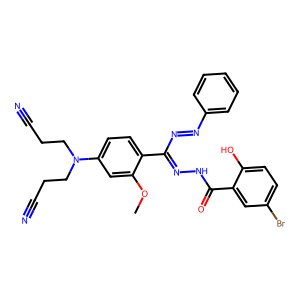
SMILES: COc1cc(N(CCC#N)CCC#N)ccc1C(N=Nc1ccccc1)=NNC(=O)c1cc(Br)ccc1O
Inhibits HIV replication: No